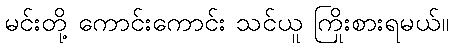
မင်းတို့ ကောင်းကောင်း သင်ယူ ကြိုးစားရမယ်။